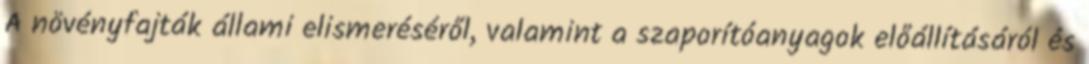
A növényfajták állami elismeréséről, valamint a szaporítóanyagok előállításáról és